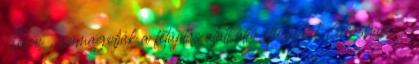
Tesco , csomagolják a felújítás alatt álló épületeket Grasham-